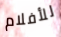
للأفلام